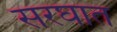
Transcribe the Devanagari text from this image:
सरघात